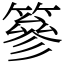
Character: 篸